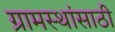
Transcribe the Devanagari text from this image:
ग्रामस्थांसाठी